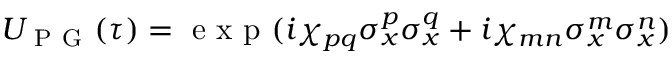
U _ { \mathrm { ~ P ~ G ~ } } ( \tau ) = \textrm { e x p } ( i \chi _ { p q } \sigma _ { x } ^ { p } \sigma _ { x } ^ { q } + i \chi _ { m n } \sigma _ { x } ^ { m } \sigma _ { x } ^ { n } )